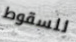
للسقوط